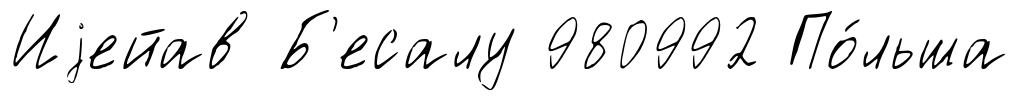
Иjейав Б'есалу 980992 По́льша